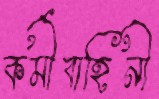
কর্মীবাহিনী